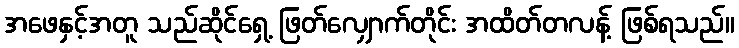
အဖေနှင့်အတူ သည်ဆိုင်ရှေ့ ဖြတ်လျှောက်တိုင်း အထိတ်တလန့် ဖြစ်ရသည်။